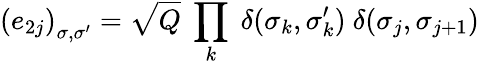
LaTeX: \left(e_{2j}\right)_{\sigma,\sigma^{\prime}}=\sqrt{Q}~\prod_{k}~\delta(\sigma_{k},\sigma_{k}^{\prime}){}~\delta(\sigma_{j},\sigma_{j+1})